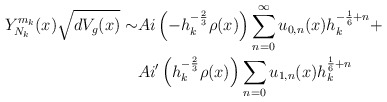
\begin{align*}\begin{aligned} Y^{m_k}_{N_k}(x) \sqrt{dV_g(x)} \sim& Ai\left(-h_k^{-\frac{2}{3}} \rho(x) \right) \sum_{n = 0}^\infty u_{0,n}(x) h_k^{-{\frac{1}{6}} + n} + \\ & Ai'\left(h_k^{-\frac{2}{3}} \rho(x)\right)\sum_{n = 0} u_{1,n}(x) h_k^{\frac{1}{6}+n} \end{aligned}\end{align*}